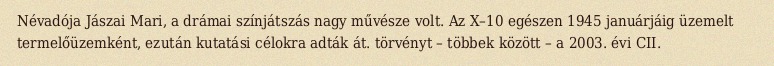
Névadója Jászai Mari, a drámai színjátszás nagy művésze volt. Az X–10 egészen 1945 januárjáig üzemelt termelőüzemként, ezután kutatási célokra adták át. törvényt – többek között – a 2003. évi CII.